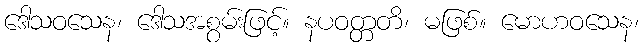
ဒေါသဝသေန၊ ဒေါသအစွမ်းဖြင့်။ နပဝတ္တတိ၊ မဖြစ်။ မောဟဝသေန၊